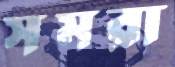
সমরা